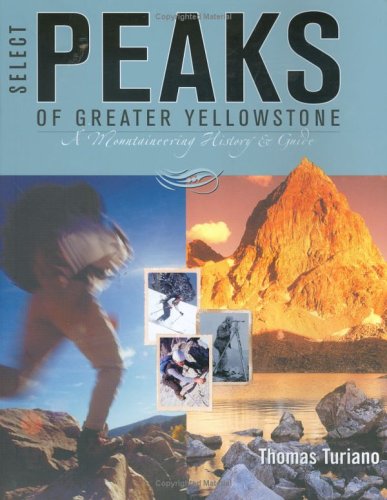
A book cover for Select Peaks of Greater Yellowstone: A Mountaineering History & Guide; Thomas Turiano; Travel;